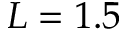
L = 1 . 5